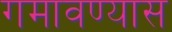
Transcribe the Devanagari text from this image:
गमावण्यास